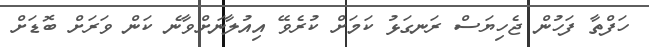
ހަފްތާ ފަހުން ޖެހިޔަސް ރަނގަޅު ކަމަށް ކުރެވޭ އިއުލާނަށްވާނެ ކަން ވަރަށް ބޮޑަށް